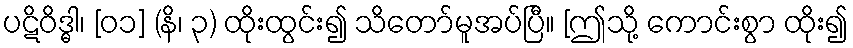
ပဋိဝိဒ္ဓါ၊ [၀၁] (နိ၊ ၃) ထိုးထွင်း၍ သိတော်မူအပ်ပြီ။ [ဤသို့ ကောင်းစွာ ထိုး၍